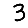
Digit: 3